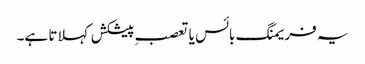
یہ فریمنگ بائس یا تعصبِ پیشکش کہلاتا ہے۔